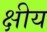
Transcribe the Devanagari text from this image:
क्षीय